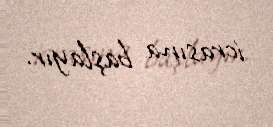
icrasına başlayır.